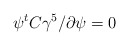
\begin{align*}\psi^t C\gamma ^5 \slash{\partial} \psi =0\end{align*}